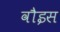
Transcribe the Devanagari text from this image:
वौइस